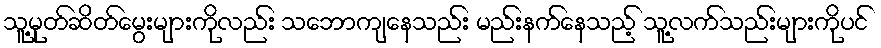
သူ့မုတ်ဆိတ်မွေးများကိုလည်း သဘောကျနေသည်း မည်းနက်နေသည့် သူ့လက်သည်းများကိုပင်